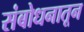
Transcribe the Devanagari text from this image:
संबोधनातून